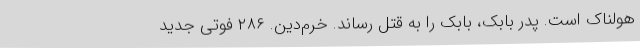
هولناک است. پدر بابک، بابک را به قتل رساند. خرم‌دین. ۲۸۶ فوتی جدید